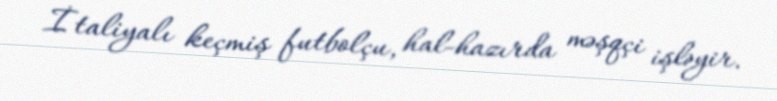
İtaliyalı keçmiş futbolçu, hal-hazırda məşqçi işləyir.